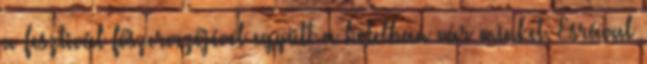
a fesztivál főszervezőjével együtt a hotelban vár minket. Esrával